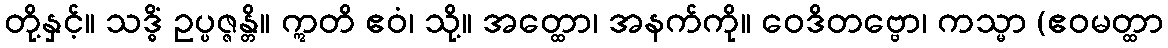
တို့နှင့်။ သဒ္ဓိံ ဥပ္ပဇ္ဇန္တိ။ ဣတိ ဧဝံ၊ သို့။ အတ္ထော၊ အနက်ကို။ ဝေဒိတဗ္ဗော၊ ကသ္မာ (ဧဝမတ္ထာ